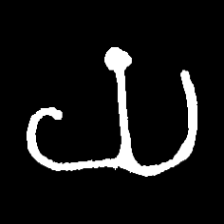
Pyu character \u2014 Myanmar letter: ယ (romanized: ya)